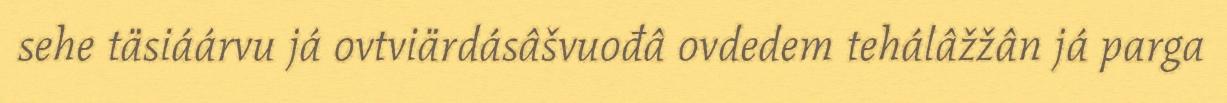
sehe täsiáárvu já ovtviärdásâšvuođâ ovdedem tehálâžžân já parga